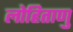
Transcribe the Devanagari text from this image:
लोहिताणु